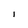
Character: I